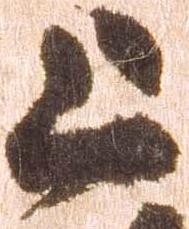
上